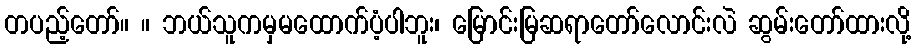
တပည့်တော်။ ။ ဘယ်သူကမှမထောက်ပံ့ပါဘူး၊ မြောင်းမြဆရာတော်လောင်းလဲ ဆွမ်းတော်ထားလို့